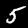
Digit: 5